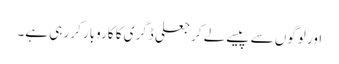
اور لوگوں سے پیسے لے کر جعلی ڈگری کا کاروبار کر رہی ہے۔